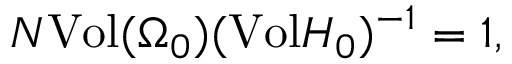
N \mathrm { V o l } ( \Omega _ { 0 } ) ( \mathrm { V o l } { \cal H _ { 0 } } ) ^ { - 1 } = 1 ,